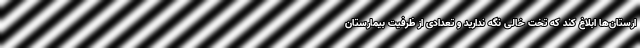
ارستان‌ها ابلاغ کند که تخت خالی نگه ندارید و تعدادی از ظرفیت بیمارستان